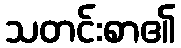
သတင်းစာ၏